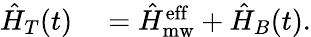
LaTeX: \begin{array}{rl}{\hat{H}_{T}(t)}&{{}=\hat{H}_{\mathrm{mw}}^{\mathrm{eff}}+\hat{H}_{B}(t).}\end{array}